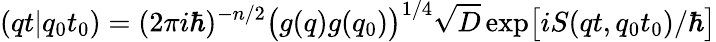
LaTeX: (qt\vert q_{0}t_{0})=(2\pi i\hbar)^{-n/2}\bigl(g(q)g(q_{0})\bigr)^{1/4}\sqrt{D}\exp\bigl[iS(qt,q_{0}t_{0})/\hbar\bigr]